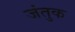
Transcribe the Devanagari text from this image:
जंतुक